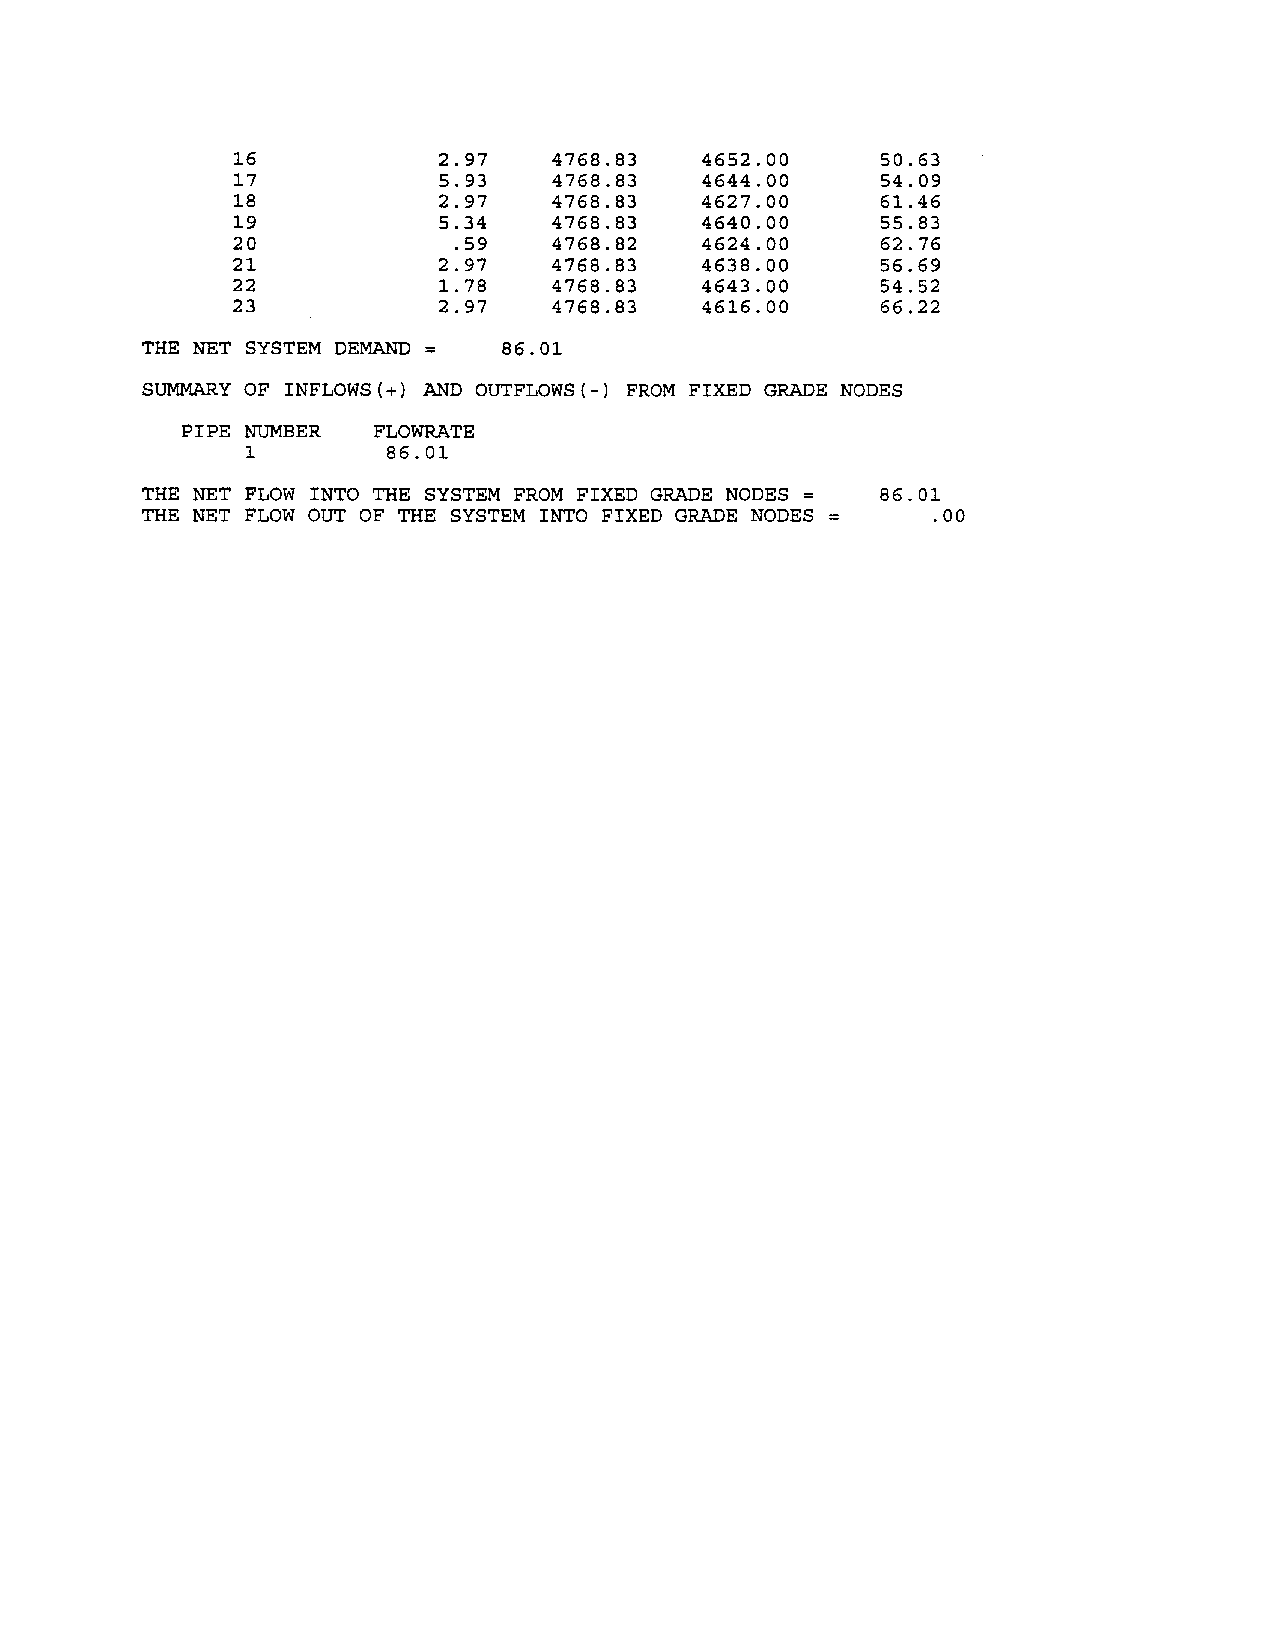
16           2.97    4768.83   4652.00     50.63
 17           5.93    4768.83   4644.00     54.09
 18           2.97    4768.83   4627.00     61.46
 19           5.34    4768.83   4640.00     55.83
 20            .59    4768.82   4624.00     62.76
 21           2.97    4768.83   4638.00     56.69
 22           1.78    4768.83   4643.00     54.52
 23           2.97    4768.83   4616.00     66.22
 THE NET SYSTEM DEMAND   86.01
 SUMMARY OF INFLOWS{+) AND OUTFLOWS{-) FROM FIXED GRADE NODES
 PIPE NUMBER  FLOWRATE
 1        86.01
 THE NET FLOW INTO THE SYSTEM FROM FIXED GRADE NODES = 86.01
 THE NET FLOW OUT OF THE SYSTEM INTO FIXED GRADE NODES .00